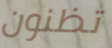
تظنون